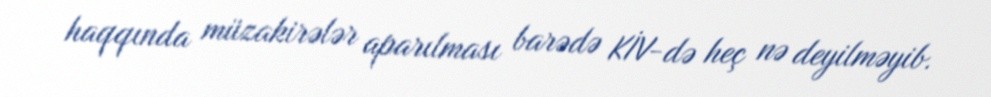
haqqında müzakirələr aparılması barədə KİV-də heç nə deyilməyib.